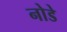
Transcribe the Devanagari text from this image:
नोडे